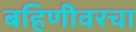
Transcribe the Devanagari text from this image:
बहिणीवरचा